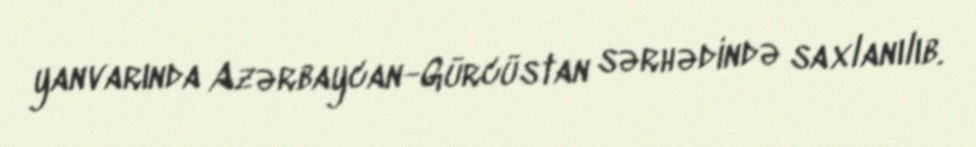
yanvarında Azərbaycan-Gürcüstan sərhədində saxlanılıb.